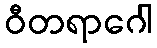
ဝီတရာဂေါ